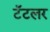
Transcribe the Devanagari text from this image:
टॅटलर